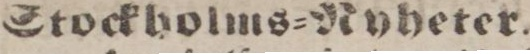
Stockholms=Ryheter.